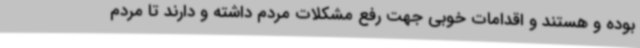
بوده و هستند و اقدامات خوبی جهت رفع مشکلات مردم داشته و دارند تا مردم